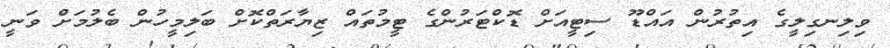
ވިލިނގިލީގެ އިތުރުން އައްޑޫ ސިޓީއަށް ޑޮކްޓަރުންގެ ޓީމުތައް ޒިޔާރަތްކޮށް ބަލިމީހުން ބެލުމަށް ވަނީ